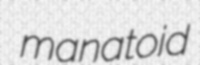
manatoid